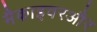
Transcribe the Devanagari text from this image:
मैकाइवरऔर